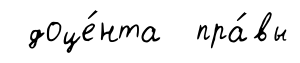
доце́нта пра́вы